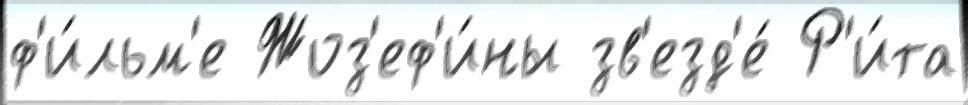
ф'и́льм'е Жоз'еф'и́ны зв'езд'е́ Р'и́та